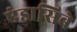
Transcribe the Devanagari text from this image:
एंडासिबे